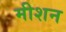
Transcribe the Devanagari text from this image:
मीशन